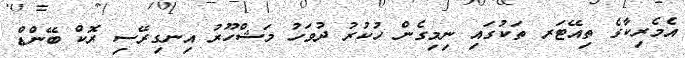
އެމެރިކާގެ ތިއޭޓަރ ތަކުގައި ނިމިގެން ހުކުރު ދުވަހު މަޝްހޫރު އިނގިރޭސި ރޮކް ބޭންޑް